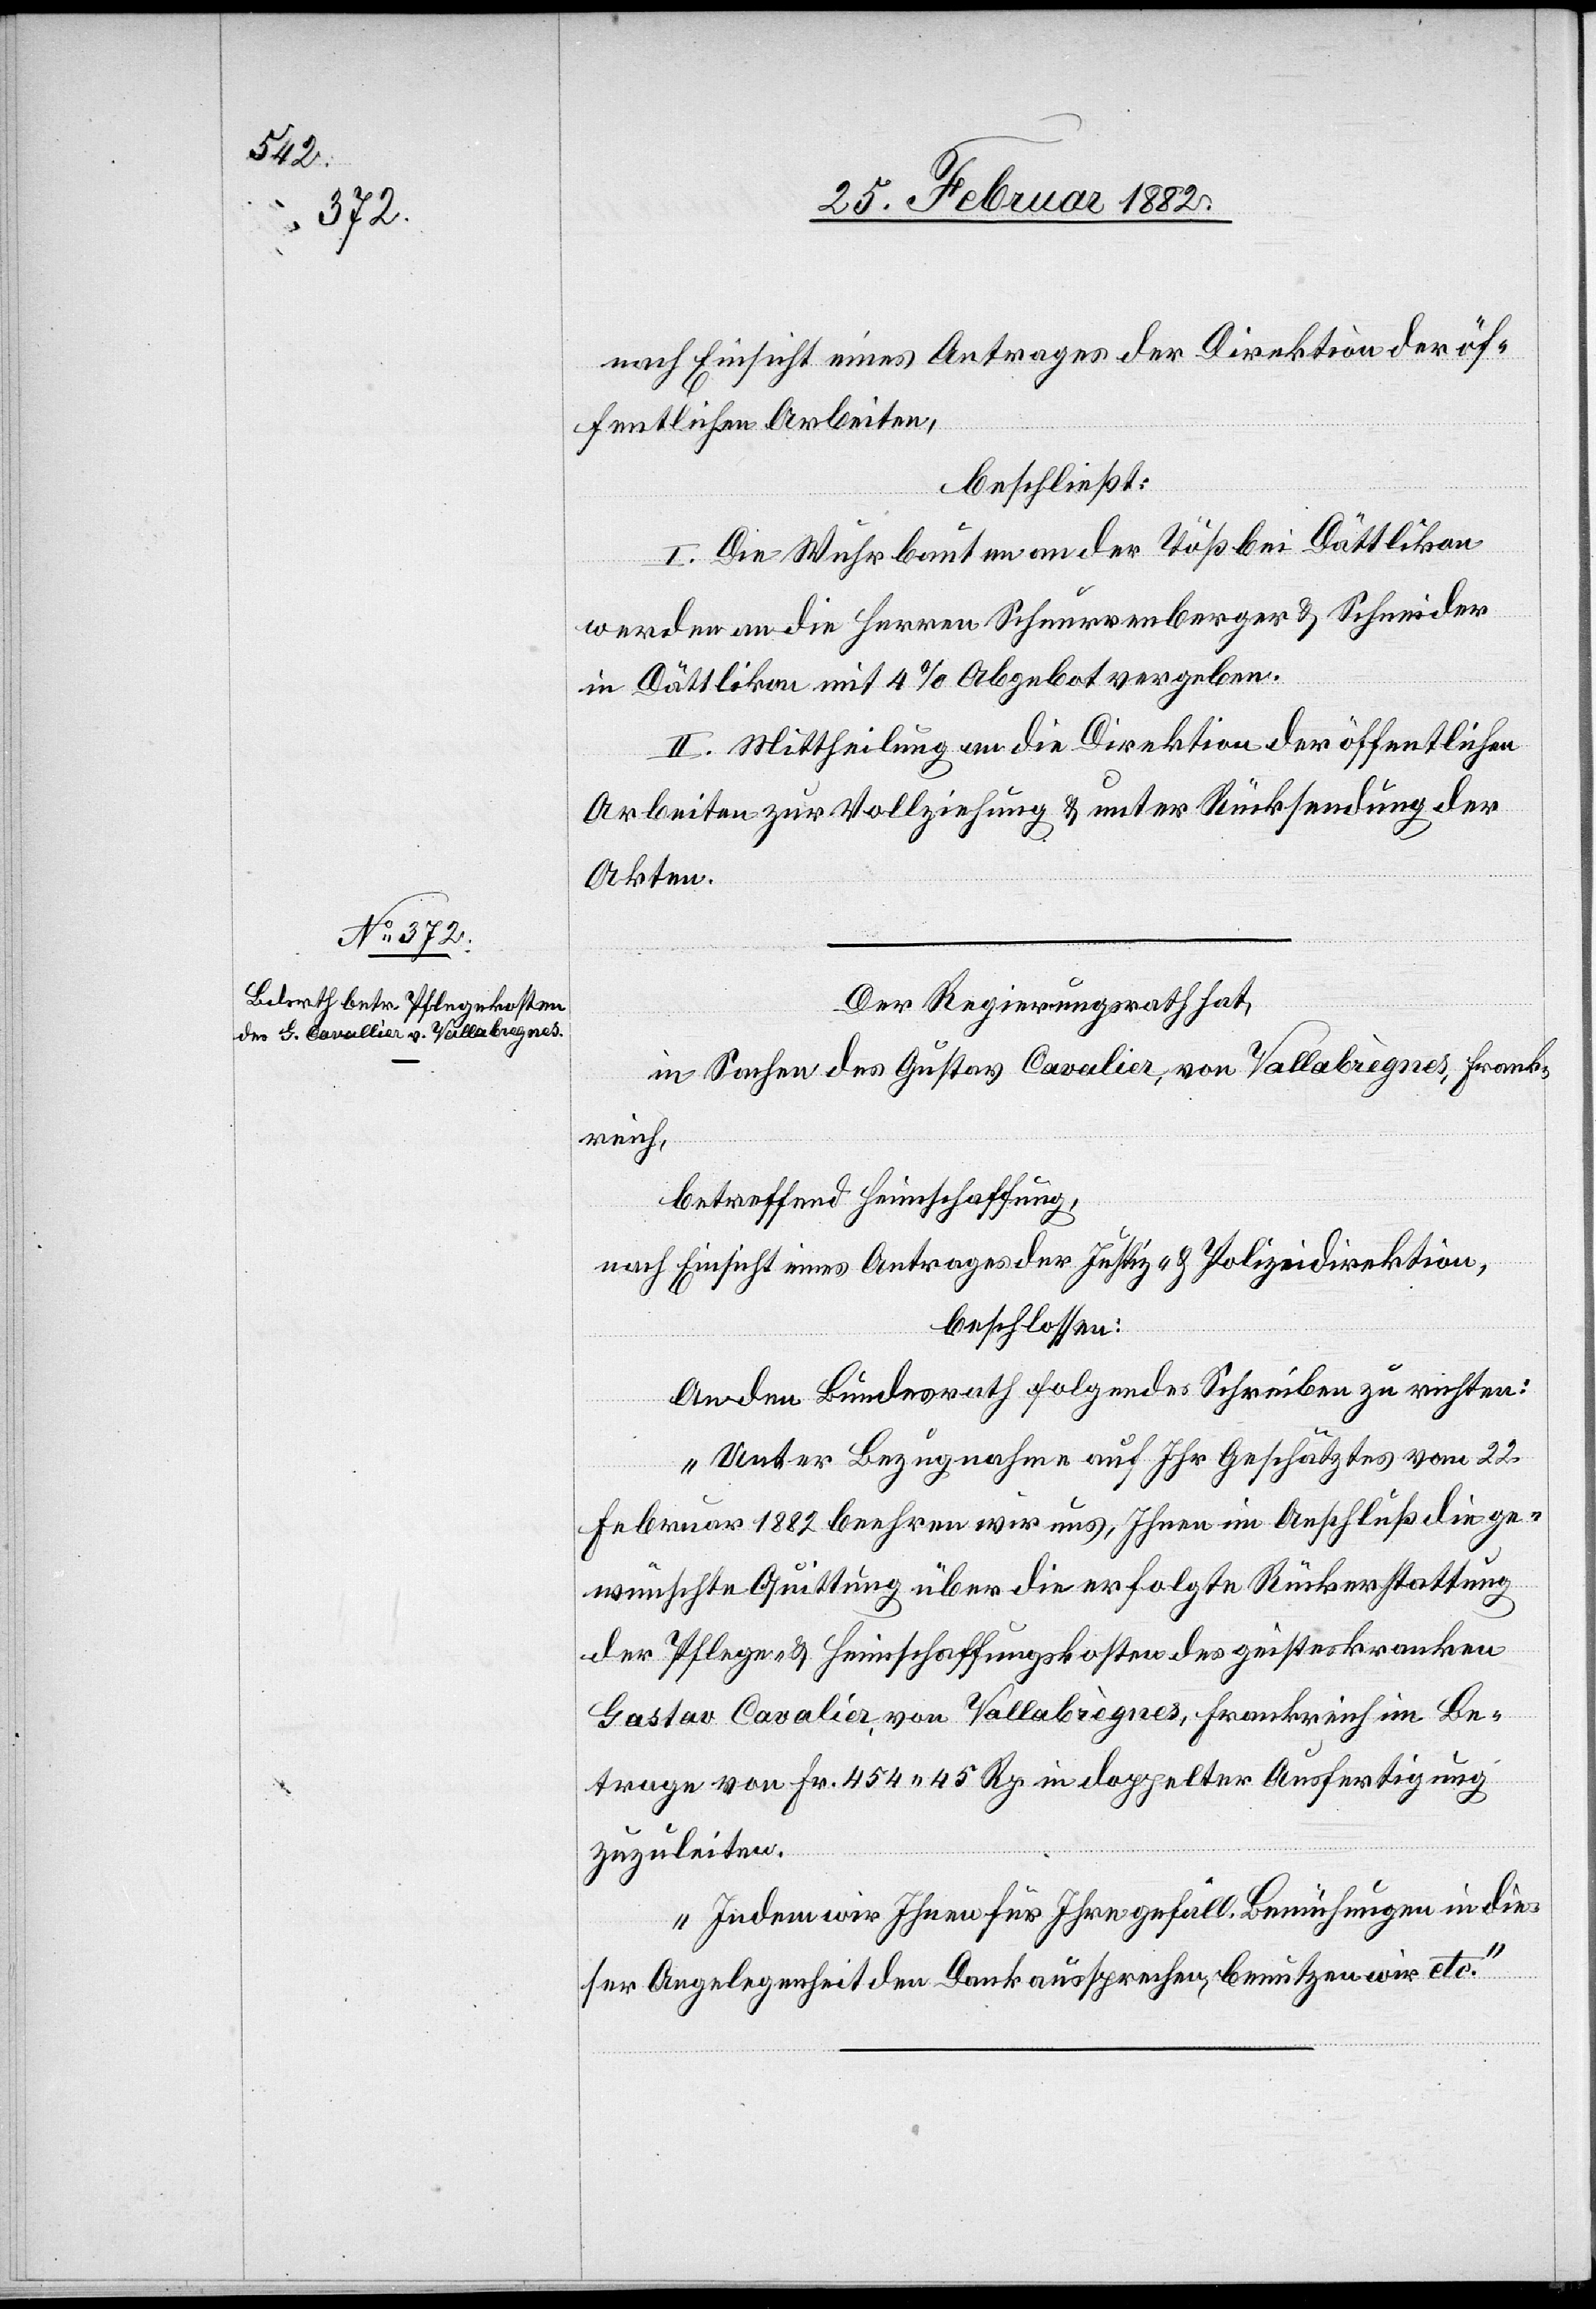
nach Einsicht eines Antrags der Direktion der öf¬
fentlichen Arbeiten,
beschließt:
I. Die Wuhrbaute an der Töß bei Dättlikon
werden an die Herren Scheurrenberger & Schneider
in Dättlikon mit 4% Abgebot vergeben.
II. Mittheilung an die Direktion der öffentlichen
Arbeiten zur Vollziehung & unter Rücksendung der
Akten.
Der Regierungsrath hat,
in Sachen des Gustav Cavalier, von Vallabrègnes, Frank¬
reich,
betreffend Heimschaffung,
nach Einsicht eines Antrages der Justiz- & Polizeidirektion,
beschlossen:
An den Bundesrath folgendes Schreiben zu richten:
„Unter Bezugnahme auf Ihr Geschätztes vom 22.
Februar 1882 beehren wir uns, Ihnen im Anschluß die ge¬
wünschte Quittung über die erfolgte Rückerstattung
der Pflege- & Heimschaffungskosten des geisteskranken
[sic!] Cavalier, von Vallabrèges, Frankreich im Be¬
trage von Fr. 454 45 Rp. in doppelter Ausfertigung
zuzuleiten.
Indem wir Ihnen für Ihre gefäll. Bemühungen in die¬
ser Angelegenheit den Dank aussprechen, benutzen wir etc.“